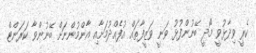
ކެރީ ވިދާޅުވީ މޯދީ ބޭނުންފުޅު ވަނީ ވަޒީފާތައް އުފެއްދުމަށާއި އާންމުންނަށް ބޭނުންވާ ކަރަންޓް